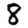
Digit: 8